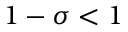
1 - \sigma < 1